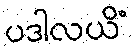
ပဒါလယိံ